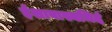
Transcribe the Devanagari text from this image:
ईशावास्यमिदं